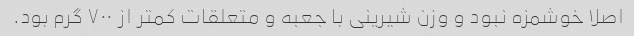
اصلا خوشمزه نبود و وزن شیرینی با جعبه و متعلقات کمتر از ۷۰۰ گرم بود.